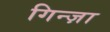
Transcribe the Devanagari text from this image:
गिन्ज़ा